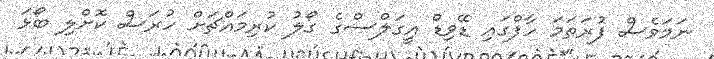
ނަމަވެސް ފުރަތަމަ ހާފްގައި ޑޭވިޑް އީގަލްސްގެ ގޯލު ކުރިމައްޗަށް ހުރަސް ކޮށްލި ބޯޅަ